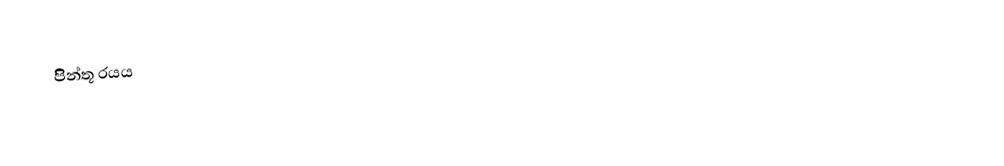
පිිින්තූ රයය